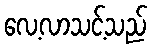
လေ့လာသင့်သည်